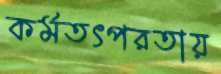
কর্মতৎপরতায়